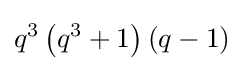
q^{3}\left(q^{3}+1\right)\left(q-1\right)